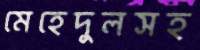
মেহেদুলসহ